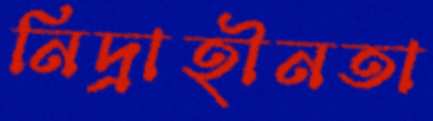
নিদ্রাহীনতা